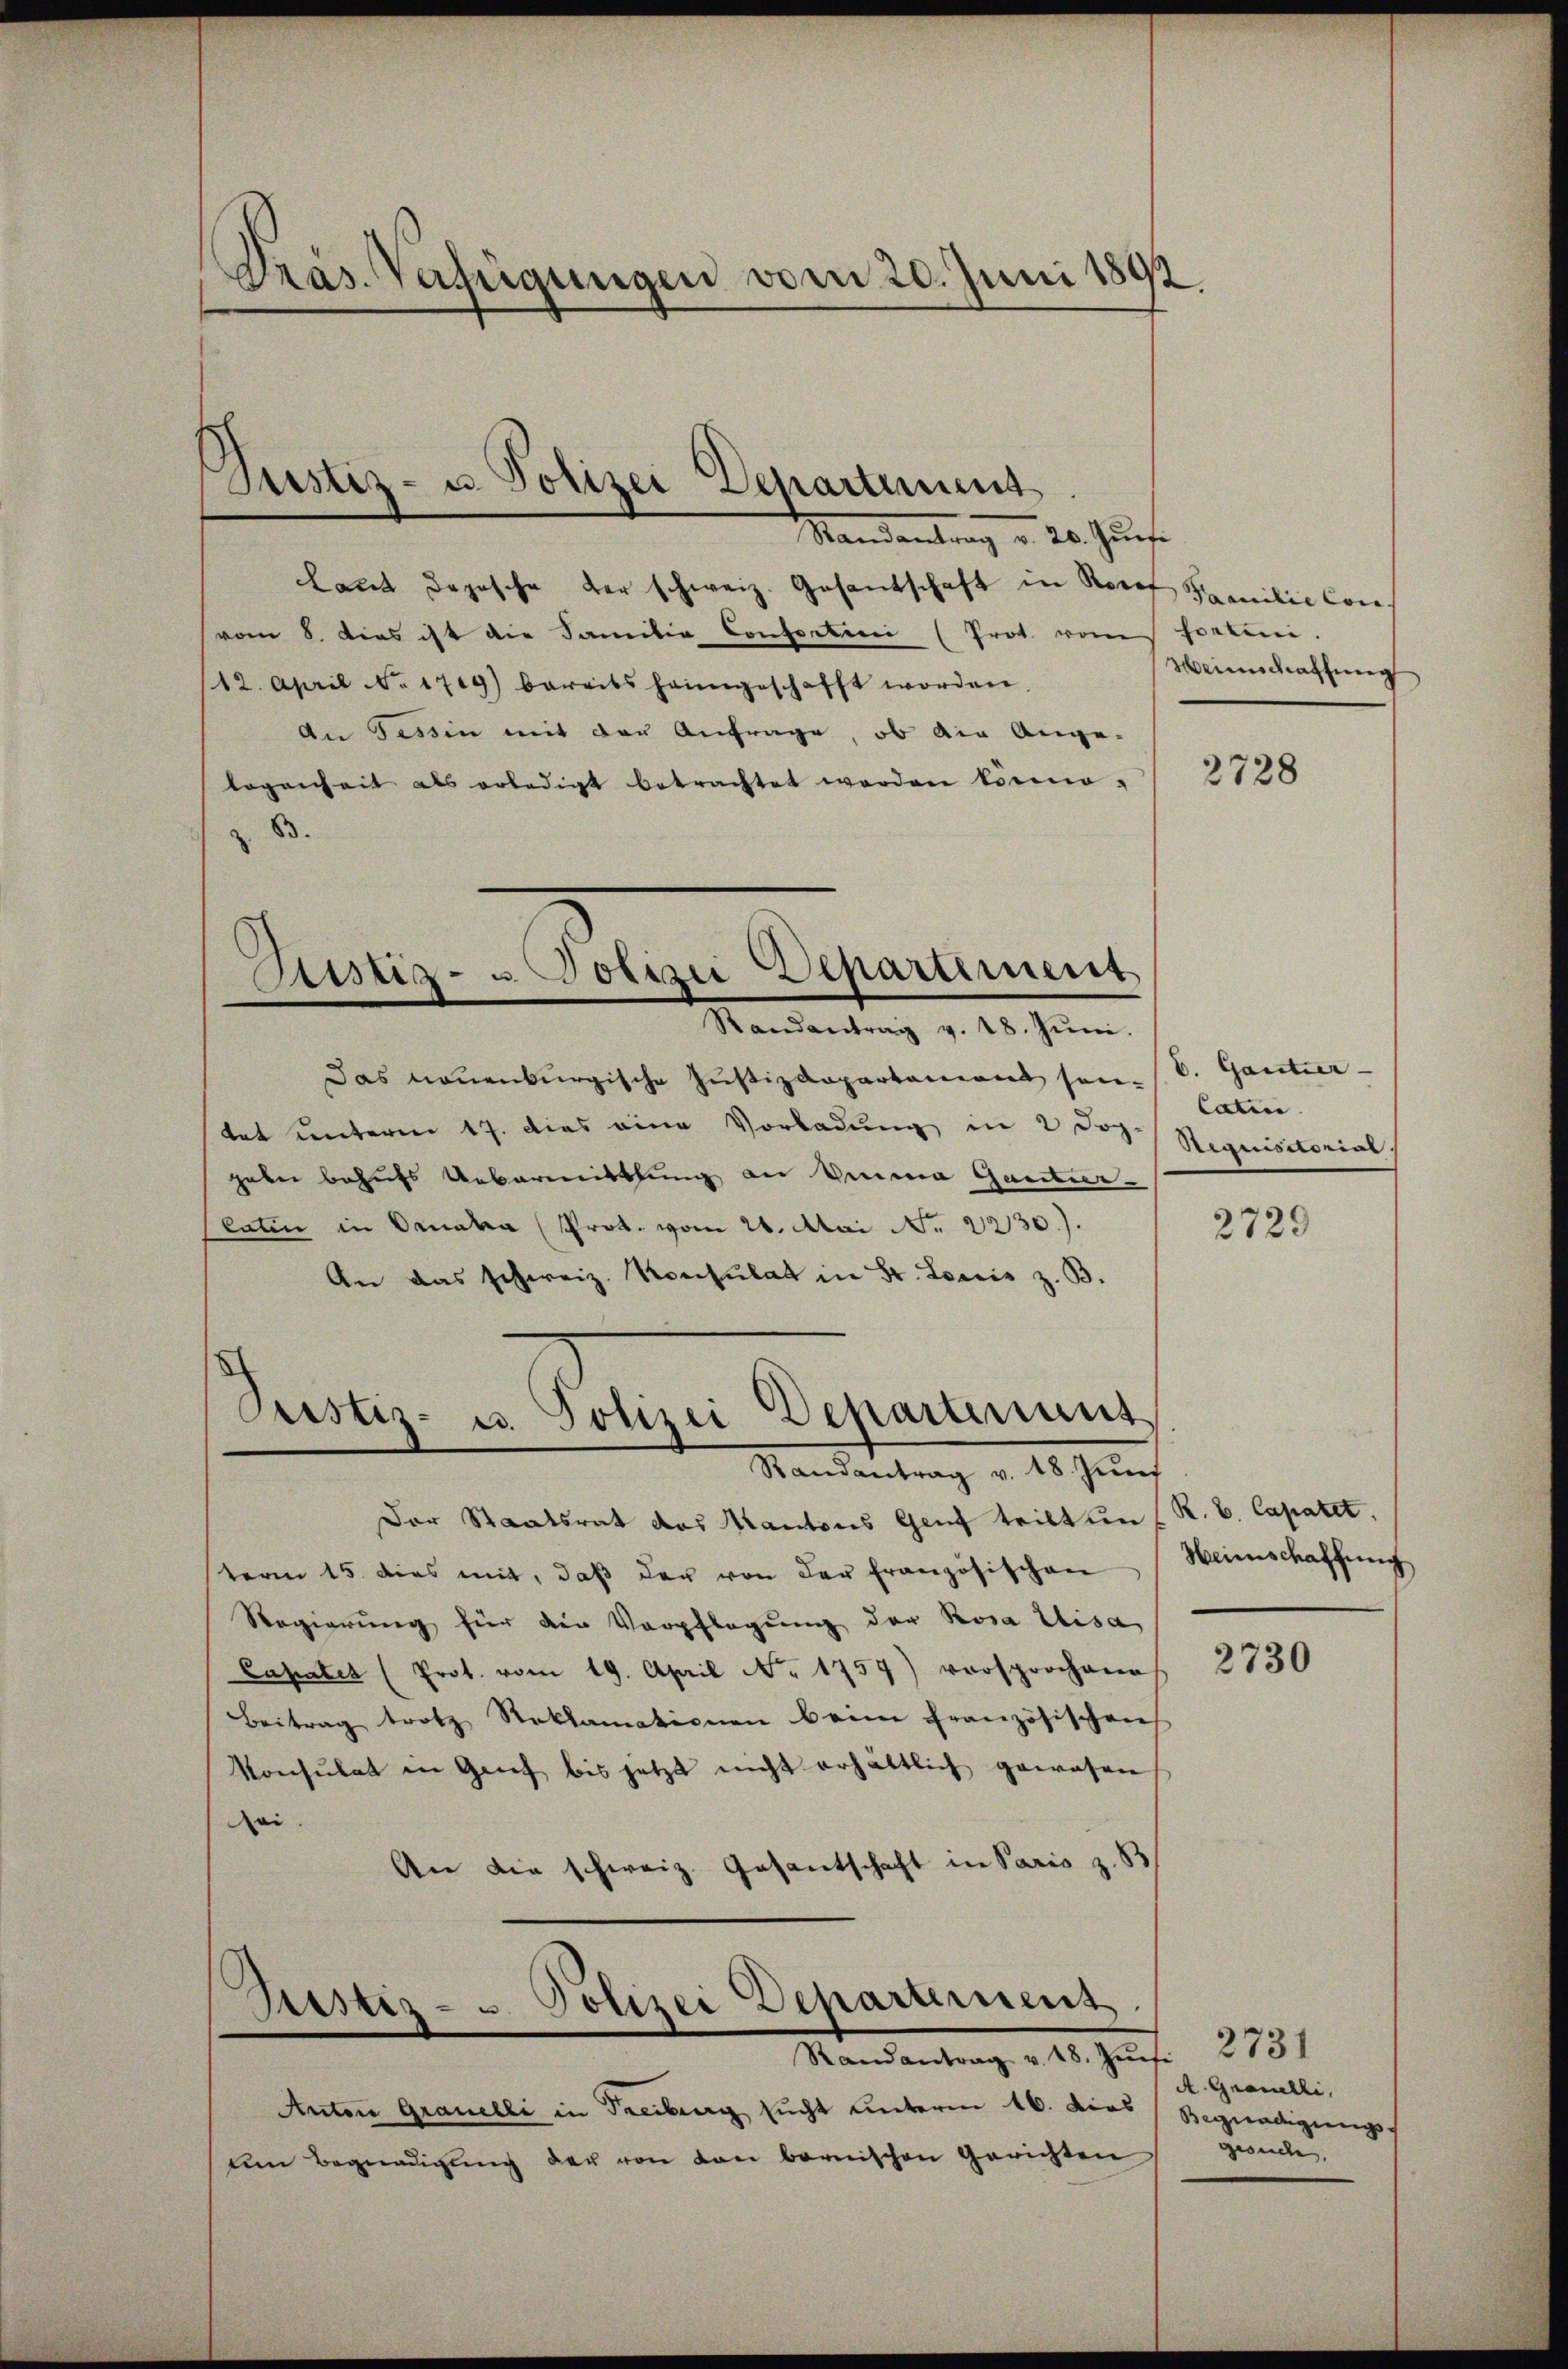
Präs. Verfügungen vom 20. Juni 1892.

Justiz- u. Polizei Departement

Randantrag v. 20. Jursi
lant doposche der schweiz. Gesantschaft in Borof Familie Convom 8. dies ist die Sanitia Confertini (Prot. vom Fertini.
12. April N. 1719) bereits heimgeschafft worden.
An Tessin mit der Anfrage, ob die Ange-
logenheit als erledigt betrachtet worden könne,
B.

.
Justiz- u Polizei Departement

Justiz- u. Polizei Departinius,

Justiz- & Polizei Departement

Randantrag v. 18. Jŭni.
Das neuenburgische Justizdepartement sontat unterm 17. Dies eine Vorladung in 2 Dopgabe behufs Uebermittlung an Summa Gantier-
laten in Ornalia Prot. vom 26. Mai No 2230).
An das schweiz. Konsulat in Fr. Loreis z. B.
Randantrag v. 18. Jŭni
Der Staatsrat das Kantons Genf teilten (R. V. Capatet,
term 15. dies mit, daβ der von der französischen
Regierung hier die Verpflegung der Rosa Uisa
Capater (Prot. vom 19. April No 1757) versprochena
Beitrag trotz Reklamationen beim französischen
Konsulat in Genf bis jetzt nicht erhältlich gewesen
Rai.
An die schweiz. Gesantschaft in Paris z. B
Mandantrag 215. Jan. 12751
Anton Granelli in Treibung sucht unterm 16. dies
am Begnadigŭng der von den bernischen Gerichten

Heimschaffung

2728

b. Gantier
Catin.
Aequisitorial.

2729

Heimschaffung

2730

A. Granelli,
Begnadigung
gesuche.